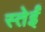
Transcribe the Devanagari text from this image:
स्तेईं